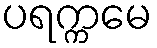
ပရက္ကမေ